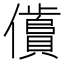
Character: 𱏞